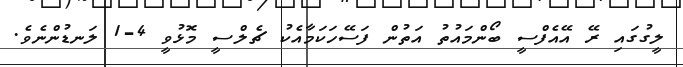
ލީގުގައި ރޭ އޭއެފްސީ ބޯންމައުތު އަތުން ފަސޭހަކަމާއެކު ޗެލްސީ މޮޅުވީ 4-1 ލަނޑުންނެވެ.